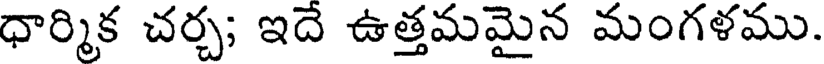
ధార్మిక చర్చ; ఇదే ఉత్తమమైన మంగళము.